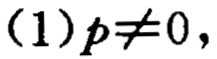
(1)$p\neq 0,$